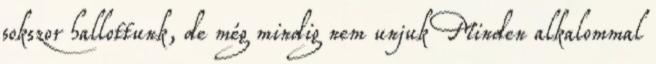
sokszor hallottunk, de még mindig nem unjuk Minden alkalommal